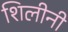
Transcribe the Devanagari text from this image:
शिलीनी